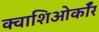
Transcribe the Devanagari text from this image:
क्वाशिओर्कॉर